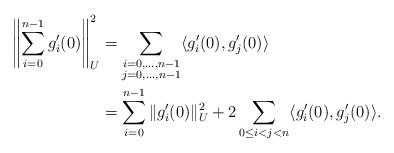
LaTeX: \begin{align*} \left\|\sum_{i=0}^{n-1} g_i'(0)\right\|_U^2 & = \sum_{\substack{i=0,\dots,n-1\\j=0,\dots,n-1}} \langle g_i'(0), g_j'(0)\rangle \\ &= \sum_{i=0}^{n-1} \|g_i'(0)\|_U^2 + 2 \sum_{0\le i< j< n} \langle g_i'(0), g_j'(0)\rangle. \end{align*}